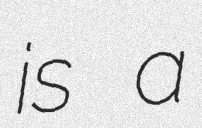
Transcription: is a